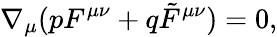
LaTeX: \nabla_{\mu}(pF^{\mu\nu}+q\tilde{F}^{\mu\nu})=0,